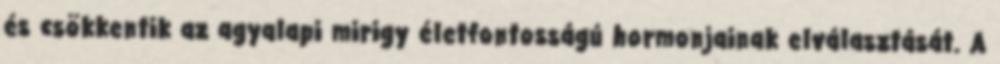
és csökkentik az agyalapi mirigy életfontosságú hormonjainak elválasztását. A